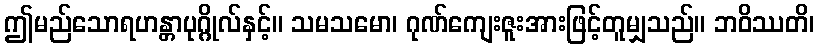
ဤမည်သောရဟန္တာပုဂ္ဂိုလ်နှင့်။ သမသမော၊ ဂုဏ်ကျေးဇူးအားဖြင့်တူမျှသည်။ ဘဝိဿတိ၊